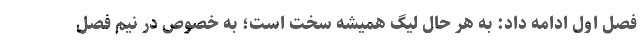
فصل اول ادامه داد: به هر حال لیگ همیشه سخت است؛ به خصوص در نیم فصل